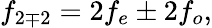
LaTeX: f_{2\mp 2}=2f_{e}\pm 2f_{o},